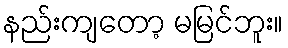
နည်းကျတော့ မမြင်ဘူး။